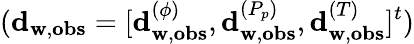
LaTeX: (\mathbf{d}_{\mathbf{w},\mathbf{obs}}=[\mathbf{d}_{\mathbf{w},\mathbf{obs}}^{(\phi)},\mathbf{d}_{\mathbf{w},\mathbf{obs}}^{(P_{p})},\mathbf{d}_{\mathbf{w},\mathbf{obs}}^{(T)}]^{t})